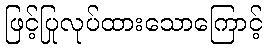
ဖြင့်ပြုလုပ်ထားသောကြောင့်